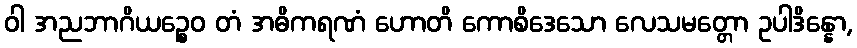
ဝါ အညဘာဂိယဉ္စေဝ တံ အဓိကရဏံ ဟောတိ ကောစိဒေသော လေသမတ္တော ဥပါဒိန္နော,